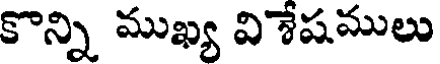
కొన్ని ముఖ్య విశేషములు